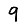
Digit: 9